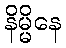
နိမ္မိနေ